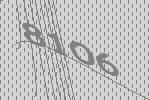
8106